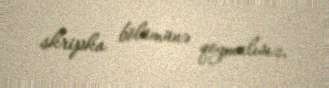
skripka bölümünə qoymalısız.